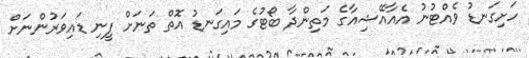
ހަށިގަނޑު ވެއްޓުނު އެއާއޭޝިއާގެ މަތިންދާ ބޯޓުގެ މައިގަނޑު އޮތް ތަނަށް ފީނި ޑައިވަރުންނަށް